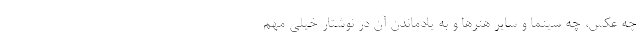
چه عکس، چه سینما و سایر هنرها و به یادماندن آن در نوشتار خیلی مهم